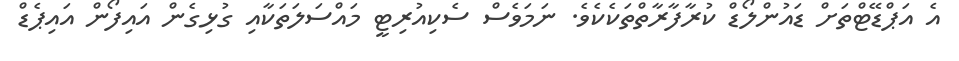
އެ އަޕްޑޭޓްތަށް ޑައުންލޯޑް ކުރާފާރާތްތަކެކެވެ. ނަމަވެސް ސެކިއުރިޓީ މައްސަލަތަކާއި ގުޅިގެން އައިފޯން އައިޕެޑް